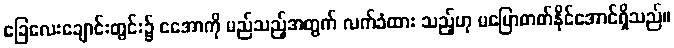
ခြေလေးချောင်းတွင်း၌ ငအောကို မည်သည့်အတွက် လက်ခံထား သည့်ဟု မပြောတတ်နိုင်အောင်ရှိသည်။